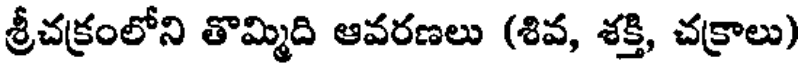
శ్రీచక్రంలోని తొమ్మిది ఆవరణలు (శివ, శక్తి, చక్రాలు)